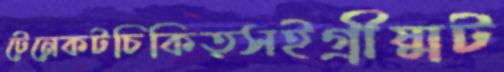
টেনেকটচিকিত্সইগ্রীষ্মট